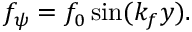
\begin{array} { r } { f _ { \psi } = f _ { 0 } \sin ( k _ { f } y ) . } \end{array}